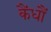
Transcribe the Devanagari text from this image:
कैंधौं